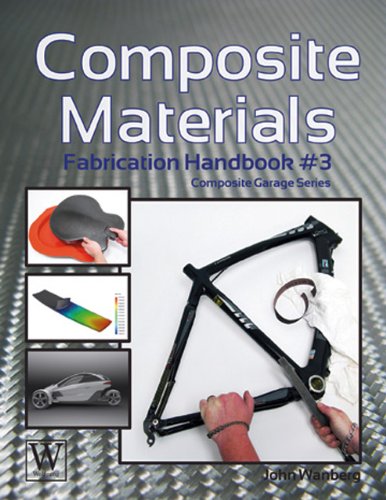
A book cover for Composite Materials: Fabrication Handbook #3 (Composite Garage Series); John Wanberg; Engineering & Transportation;